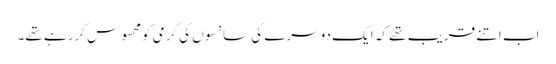
اب اتنے قریب تھے کہ ایک دوسرے کی سانسوں کی گرمی کومحسوس کررہے تھے۔